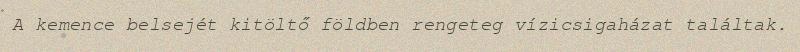
A kemence belsejét kitöltő földben rengeteg vízicsigaházat találtak.